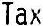
TAX